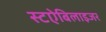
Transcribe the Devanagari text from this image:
स्टऐबिलाइजर